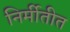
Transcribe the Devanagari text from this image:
निर्मीतीत